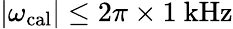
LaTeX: \vert\omega_{\mathrm{cal}}\vert\le 2\pi\times 1~\mathrm{kHz}